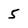
Character: 5